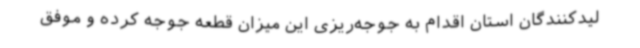
لیدکنندگان استان اقدام به جوجه‌ریزی این میزان قطعه جوجه کرده‌ و موفق